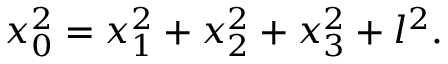
x _ { 0 } ^ { 2 } = x _ { 1 } ^ { 2 } + x _ { 2 } ^ { 2 } + x _ { 3 } ^ { 2 } + l ^ { 2 } .